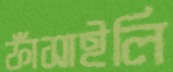
ফাঁসাইলি